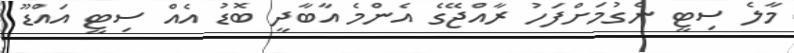
މާލެ ސިޓީ ނެގުމަށްފަހު ރާއްޖޭގެ އެންމެ އާބާދީ ބޮޑު އެއް ސިޓީ އައްޑޫ